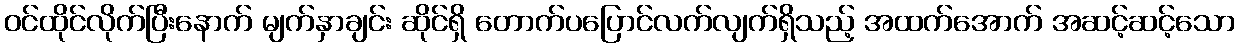
ဝင်ထိုင်လိုက်ပြီးနောက် မျက်နှာချင်း ဆိုင်ရှိ တောက်ပပြောင်လက်လျက်ရှိသည့် အထက်အောက် အဆင့်ဆင့်သော